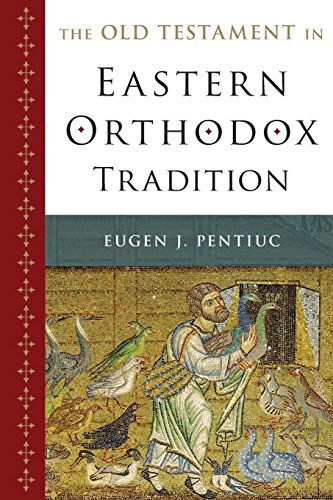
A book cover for The Old Testament in Eastern Orthodox Tradition; Eugen J. Pentiuc; Christian Books & Bibles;